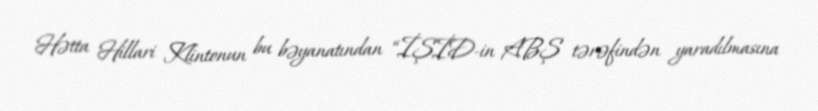
Hətta Hillari Klintonun bu bəyanatından “İŞİD-in ABŞ tərəfindən yaradılmasına